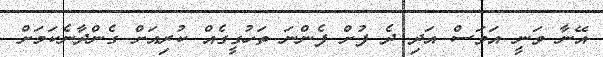
އޭނާ ވަނީ އަވަސް އަދި ދެ ފުށް ފެންނަ ތަހުގީގެއް ކުރިއަށް ގެންދާނެކަމަށް